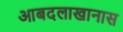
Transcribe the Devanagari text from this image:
आबदलाखानास